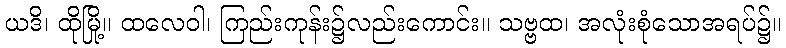
ယဒိ၊ ထိုမြို့။ ထလေဝါ၊ ကြည်းကုန်း၌လည်းကောင်း။ သဗ္ဗထ၊ အလုံးစုံသောအရပ်၌။